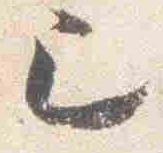
巳